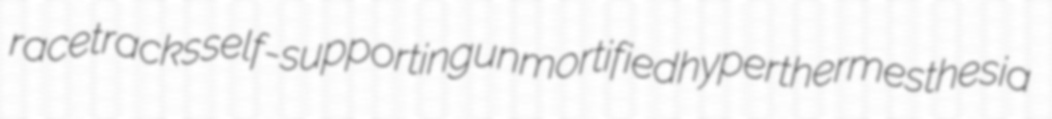
racetracks self-supporting unmortified hyperthermesthesia